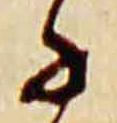
子